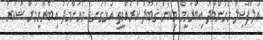
އަލްފާޟިލް މުޙަންމަދު އިބްރާހީމް މިކަން ޤަބޫލު ކުރެއްވީތީ އަޅުގަނޑު މުޙަންމަދު އިބްރާހީމަށް ޝުކުރު